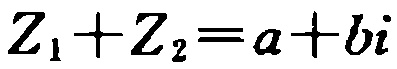
\(Z_{1}+Z_{2}=a + bi\)